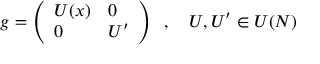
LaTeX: g = \left( \begin{array} { l l } { { U ( x ) } } & { { 0 } } \\ { { 0 } } & { { U ^ { \prime } } } \end{array} \right) \, \, \, , \, \, \, \, \, \, U , U ^ { \prime } \in U ( N )